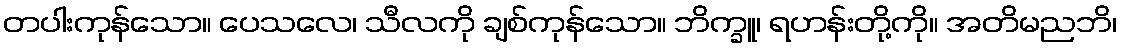
တပါးကုန်သော။ ပေသလေ၊ သီလကို ချစ်ကုန်သော။ ဘိက္ခူ၊ ရဟန်းတို့ကို။ အတိမညဘိ၊